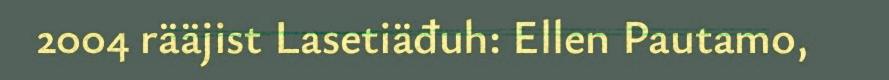
2004 rääjist Lasetiäđuh: Ellen Pautamo,